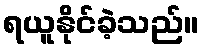
ရယူနိုင်ခဲ့သည်။